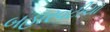
બહારવટીયા